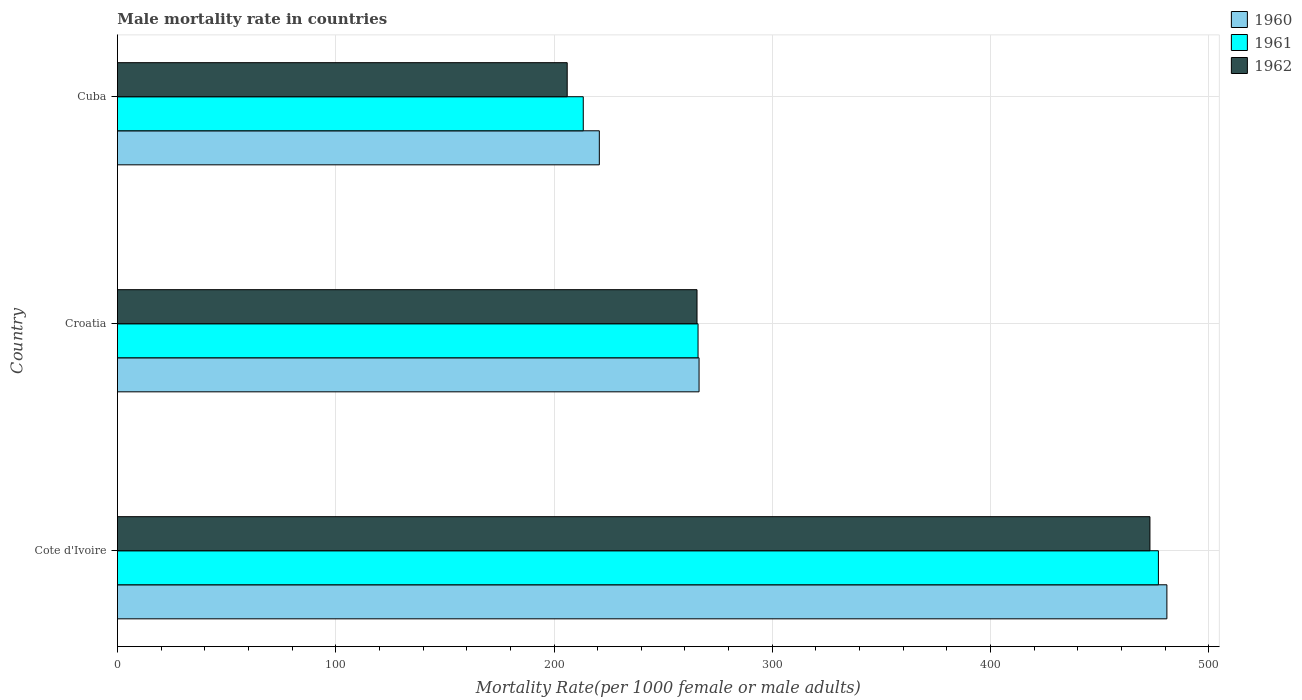
| Country | 1960 | 1961 | 1962 |
 | --- | --- | --- | --- |
 | Cote d'Ivoire | 481 | 477 | 473 |
 | Croatia | 266 | 266 | 266 |
 | Cuba | 221 | 213 | 206 |